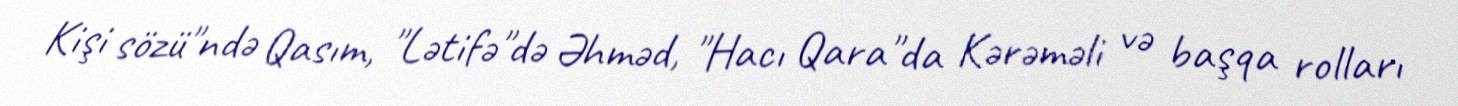
Kişi sözü"ndə Qasım, "Lətifə"də Əhməd, "Hacı Qara"da Kərəməli və başqa rolları